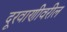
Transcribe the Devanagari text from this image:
दूरवाणीवरील